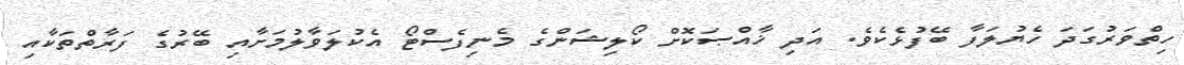
ހިތްވަރުގަދަ ހެޔުލަފާ ބޭފުޅެކެވެ. އަދި ޚާއްޞަކޮށް ކޯލިޝަންގެ މެނިފެސްޓޯ އެކުލަވާލުމަށާއި ބޭރުގެ ފަރާތްތަކާއި